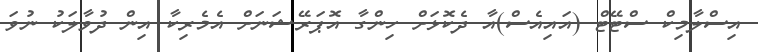
އިސްލާމިކް ސްޓޭޓް (އައިއެސް)އާ ދެކޮޅަށް ހިންގާ އޮޕަރޭޝަނަށް އެމެރިކާ އިން ދުވާލަކު ނުވަ